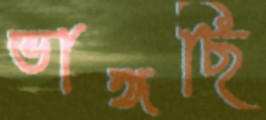
ভাঙ্গছি